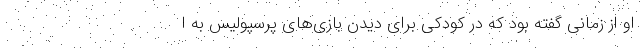
او از زمانی گفته بود که در کودکی برای دیدن بازی‌های پرسپولیس به ا